Vaccination report Assam 1874-1896 - 1874-1896
Year: 1874
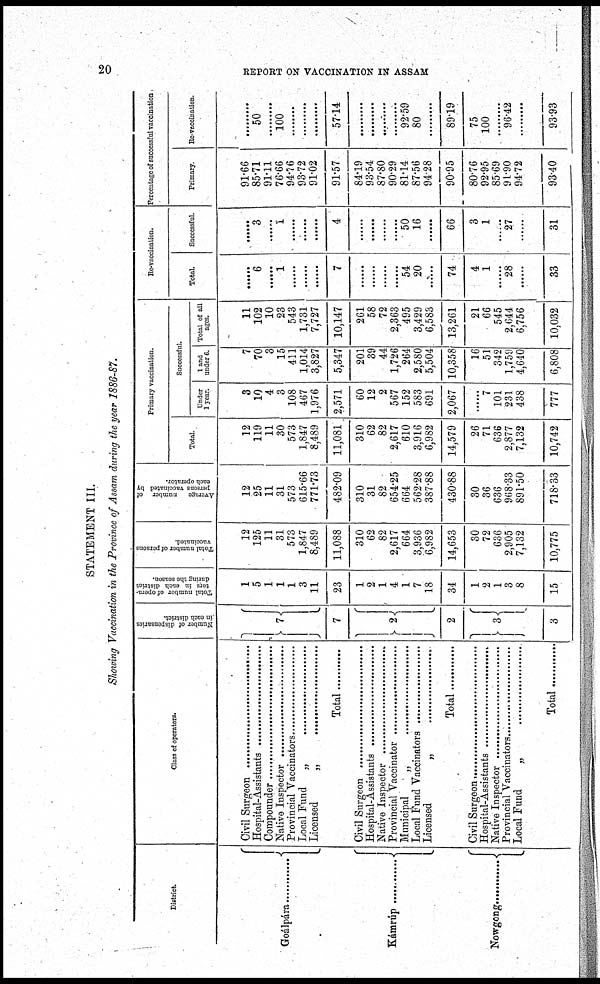
20
REPORT ON VACCINATION IN ASSAM
STATEMENT III.
Showing Vaccination in the Province of Assam during the year 1886-87.
District
Goálpára.........
Kámrúp............
Nowgong............
Class of operators.
Civil Surgeon...........
Hospital-Assistants............
Compounder............
Native Inspector.........
Provincial Vaccinators............
Local Funds „ ............
Licensed „ ............
Total............
Civil Surgeon...........
Hospital-Assistants............
Native Inspector.........
Provincial Vaccinators............
Municipal „ .............
Local Fund Vaccinators....................
Licensed „ .....................
Total............
Civil Surgeon...........
Hospital-Assistants............
Native Inspector.........
Provincial Vaccinators............
Local Funds „ ............
Total Local Funds................
Number of dispensaries
in each district.
7
7
2
2
3
3
Total number of opera-
tors in each district
during the season.
1
5
1
1
1
3
11
23
1
2
1
4
1
7
18
34
1
2
1
3
8
15
Total number of persons
vaccinated.
12
125
11
31
573
1,847
8,489
11,088
310
62
82
2,617
664
3,936
6,982
14,653
30
72
636
2,905
7,132
10,775
Average
number of
persons vaccinated by
each operator.
12
25
11
31
573
615.66
771.73
482.09
310
31
82
654.25
664
562.28
387.88
430.88
30
36
636
968.33
891.50
718.33
Primary vaccination.
Total
12
119
11
30
573
1,847
8,489
11,081
310
62
82
2,617
610
3,916
6,982
14,579
26
71
636
2,877
7,132
10,742
Successful.
Under
1 year.
3
10
4
3
108
467
1,976
2,571
60
12
2
567
152
583
691
2,067
......
7
101
231
438
777
1 and
under 6.
7
70
3
15
411
1,014
3,827
5,347
201
39
44
1,726
264
2,580
5,504
10,358
16
51
342
1,759
4,640
6,808
Total of all
ages.
11
102
10
23
543
1,731
7,727
10,147
261
58
72
2,363
495
3,429
6,583
13,261
21
66
545
2,644
6,756
10,032
Re-vaccination.
Total
......
6
......
1
......
......
......
7
......
......
......
......
54
20
......
74
4
1
......
28
......
33
Successful.
......
3
......
1
......
......
......
4
......
......
......
......
50
16
......
66
3
1
......
27
......
31
Percentage of successful vaccination.
Primary.
91.66
85.71
91.11
76.66
94.76
93.72
91.02
91.57
84.19
93.54
87.80
90.29
81.14
87.56
94.28
90.95
80.76
92.95
85.69
91.90
94.72
93.40
Re-vaccination.
......
50
......
100
......
......
......
57.14
......
......
......
......
92.59
80
......
89.19
75
100
......
96.42
......
93.93